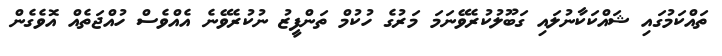
ތައްކަމުގައި ޝައްކަކާނުލައި ގަބޫލުކުރެވޭނަމަ މަރުގެ ހުކުމް ތަންފީޒު ނުކުރެވޭނެ އެއްވެސް ހުއްޖަތެއް އޮވެގެން